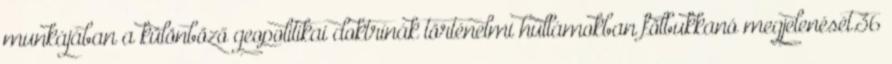
munkájában a különböző geopolitikai doktrínák történelmi hullámokban fölbukkanó megjelenését.36